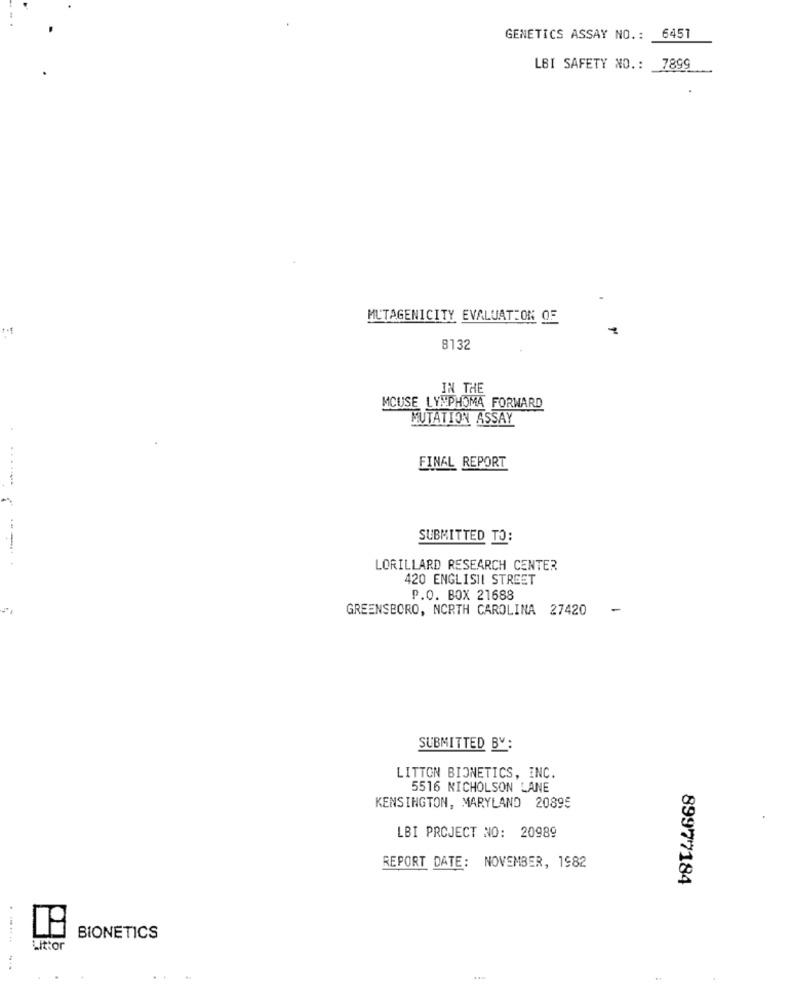
GENETICS ASSAY NO. :
6451
LBI SAFETY NO .: 7899
MUTAGENICITY EVALUATION OF
8132
IN THE
MOUSE LYMPHOMA FORWARD
MUTATION ASSAY
FINAL REPORT
SUBMITTED TO:
LORILLARD RESEARCH CENTER
420 ENGLISHI STREET
P.O. BOX 21688
GREENSBORO, NORTH CAROLINA 27420
-
SUBMITTED BY:
LITTON BIONETICS, INC.
5516 NICHOLSON LANE
KENSINGTON, MARYLAND 20895
LBI PROJECT NO: 20989
REPORT DATE: NOVEMBER, 1982
89977184
.....
BIONETICS
Littor
..